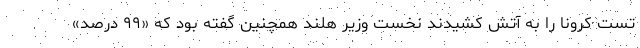
تست کرونا را به آتش کشیدند نخست وزیر هلند همچنین گفته بود که «۹۹ درصد»